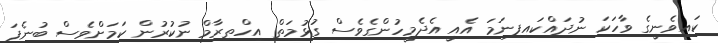
ކައިވެނީގެ ވާހަކަ ނުދައްކައިފިނަމަ އެއީ އެދެމީހުންގެވެސް ގުޅުމަތް އިހްތިރާމް ނުކުރުން ކަމަށްވެސް ބުނެފަ